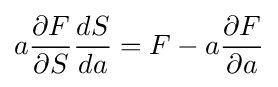
a{\frac {\partial F}{\partial S}}{\frac {dS}{da}}=F-a{\frac {\partial F}{\partial a}}